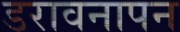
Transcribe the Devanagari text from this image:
डरावनापन